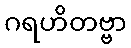
ဂရဟိတဗ္ဗာ